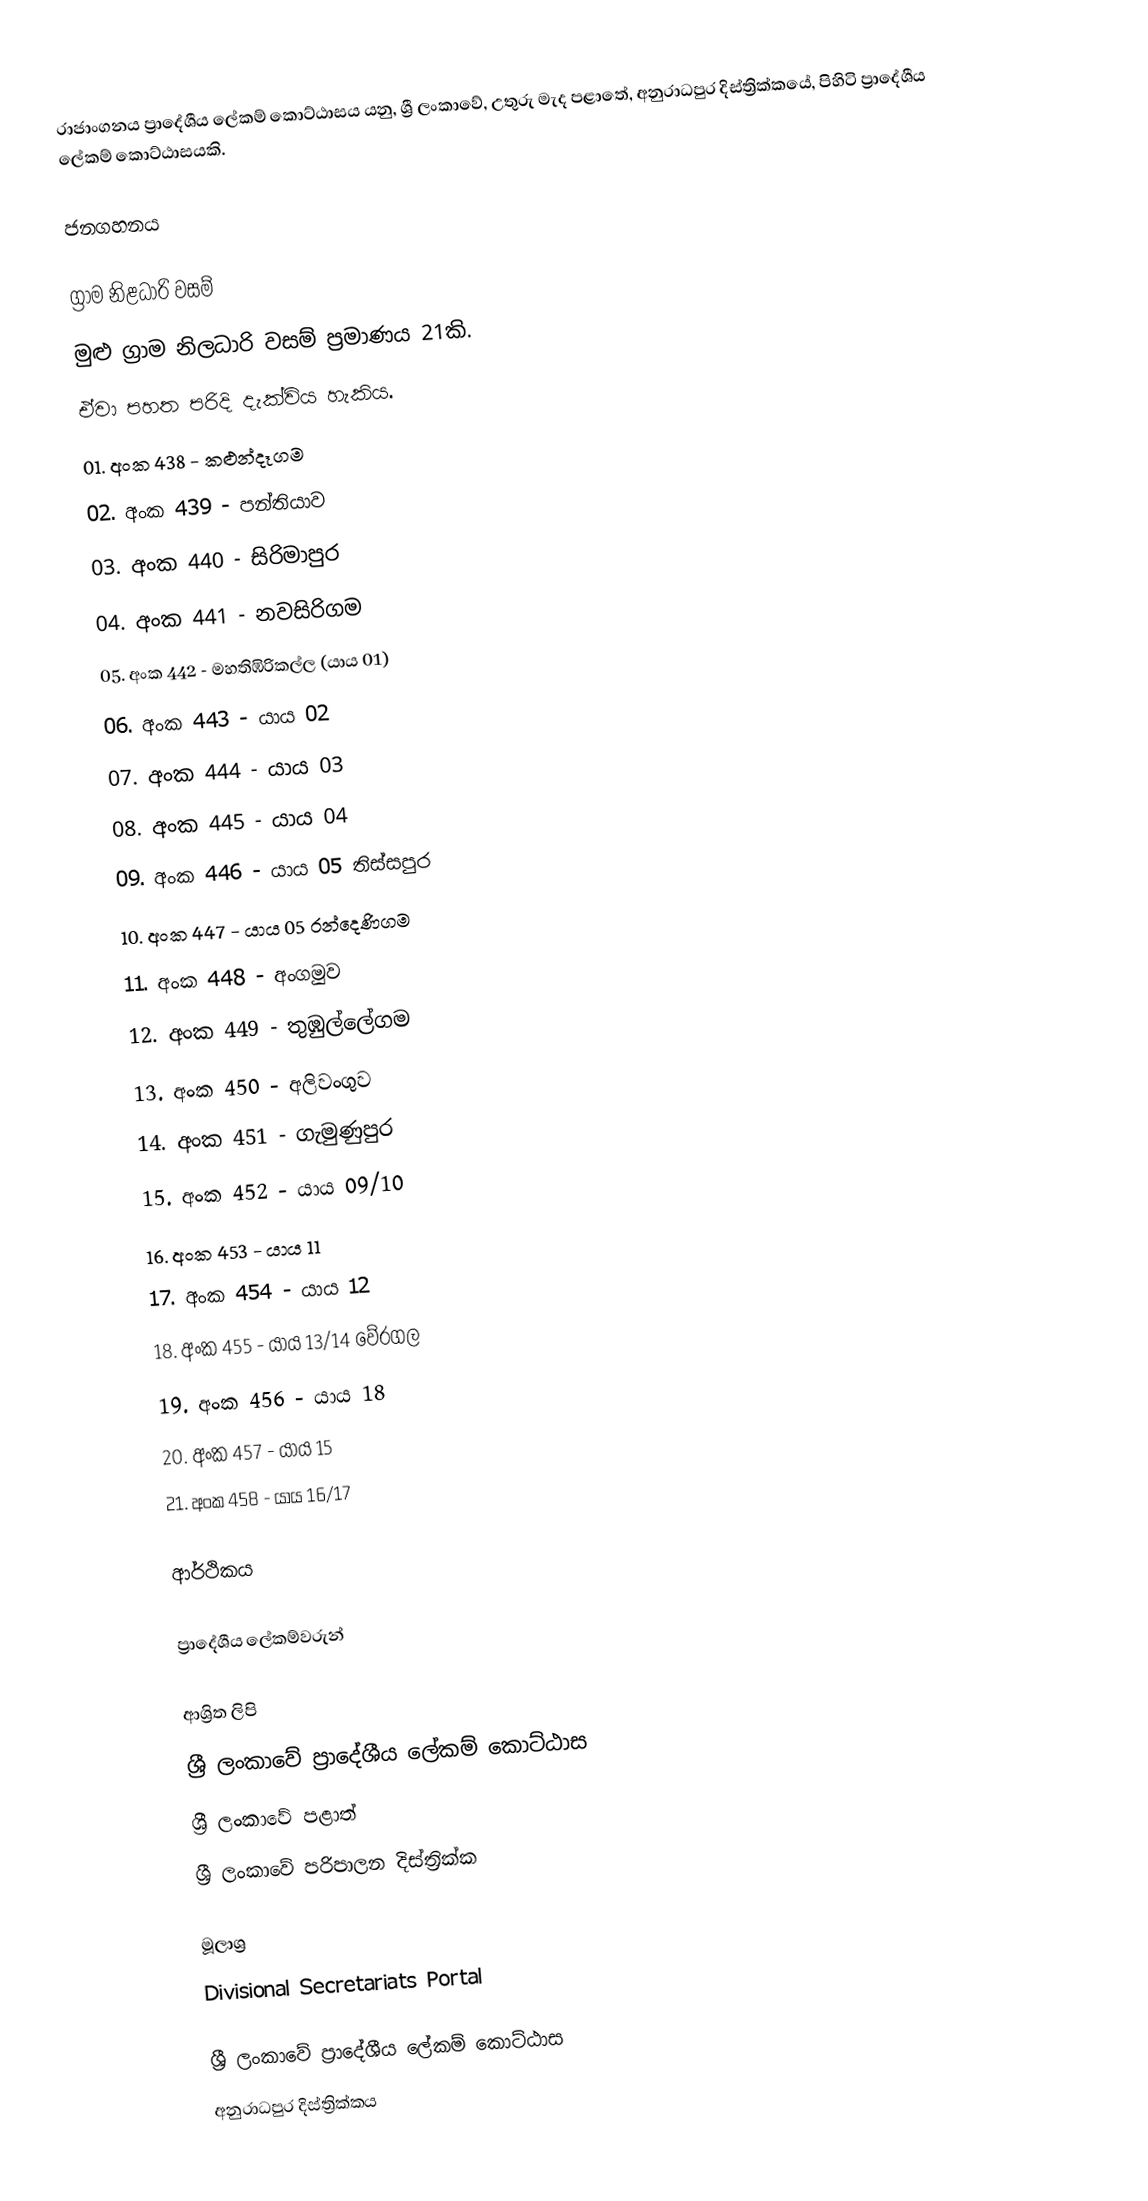
රාජාංගනය ප්‍රාදේශීය ලේකම් කොට්ඨාසය යනු,  ශ්‍රී ලංකාවේ,  උතුරු මැද පළාතේ,   අනුරාධපුර දිස්ත්‍රික්කයේ, පිහිටි ප්‍රාදේශීය ලේකම් කොට්ඨාසයකි.

ජනගහනය

ග්‍රාම නිළධාරි වසම්
මුළු ග්‍රාම නිලධාරි වසම් ප්‍රමාණය 21කි.
ඒවා පහත පරිදි දැක්විය හැකිය.
01. අංක 438 - කළුන්දෑගම
02. අංක 439 - පන්තියාව
03. අංක 440 - සිරිමාපුර
04. අංක 441 - නවසිරිගම
05. අංක 442 - මහතිඹිරිකල්ල (යාය 01)
06. අංක 443 - යාය 02
07. අංක 444 - යාය 03
08. අංක 445 - යාය 04
09. අංක 446 - යාය 05 තිස්සපුර
10. අංක 447 - යාය 05 රන්දෙණිගම
11. අංක 448 - අංගමුව
12. අංක 449 - තුඹුල්ලේගම
13. අංක 450 - අලිවංගුව
14. අංක 451 - ගැමුණුපුර
15. අංක 452 - යාය 09/10
16. අංක 453 - යාය 11
17. අංක 454 - යාය 12
18. අංක 455 - යාය 13/14 වේරගල
19. අංක 456 - යාය 18
20. අංක 457 - යාය 15
21. අංක 458 - යාය 16/17

ආර්ථිකය

ප්‍රාදේශීය ලේකම්වරුන්

ආශ්‍රිත ලිපි
ශ්‍රී ලංකාවේ ප්‍රාදේශීය ලේකම් කොට්ඨාස
ශ්‍රී ලංකාවේ පළාත්
ශ්‍රී ලංකාවේ පරිපාලන දිස්ත්‍රික්ක

මූලාශ්‍ර
 Divisional Secretariats Portal

ශ්‍රී ලංකාවේ ප්‍රාදේශීය ලේකම් කොට්ඨාස
අනුරාධපුර දිස්ත්‍රික්කය